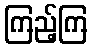
ကြည့်ကြ